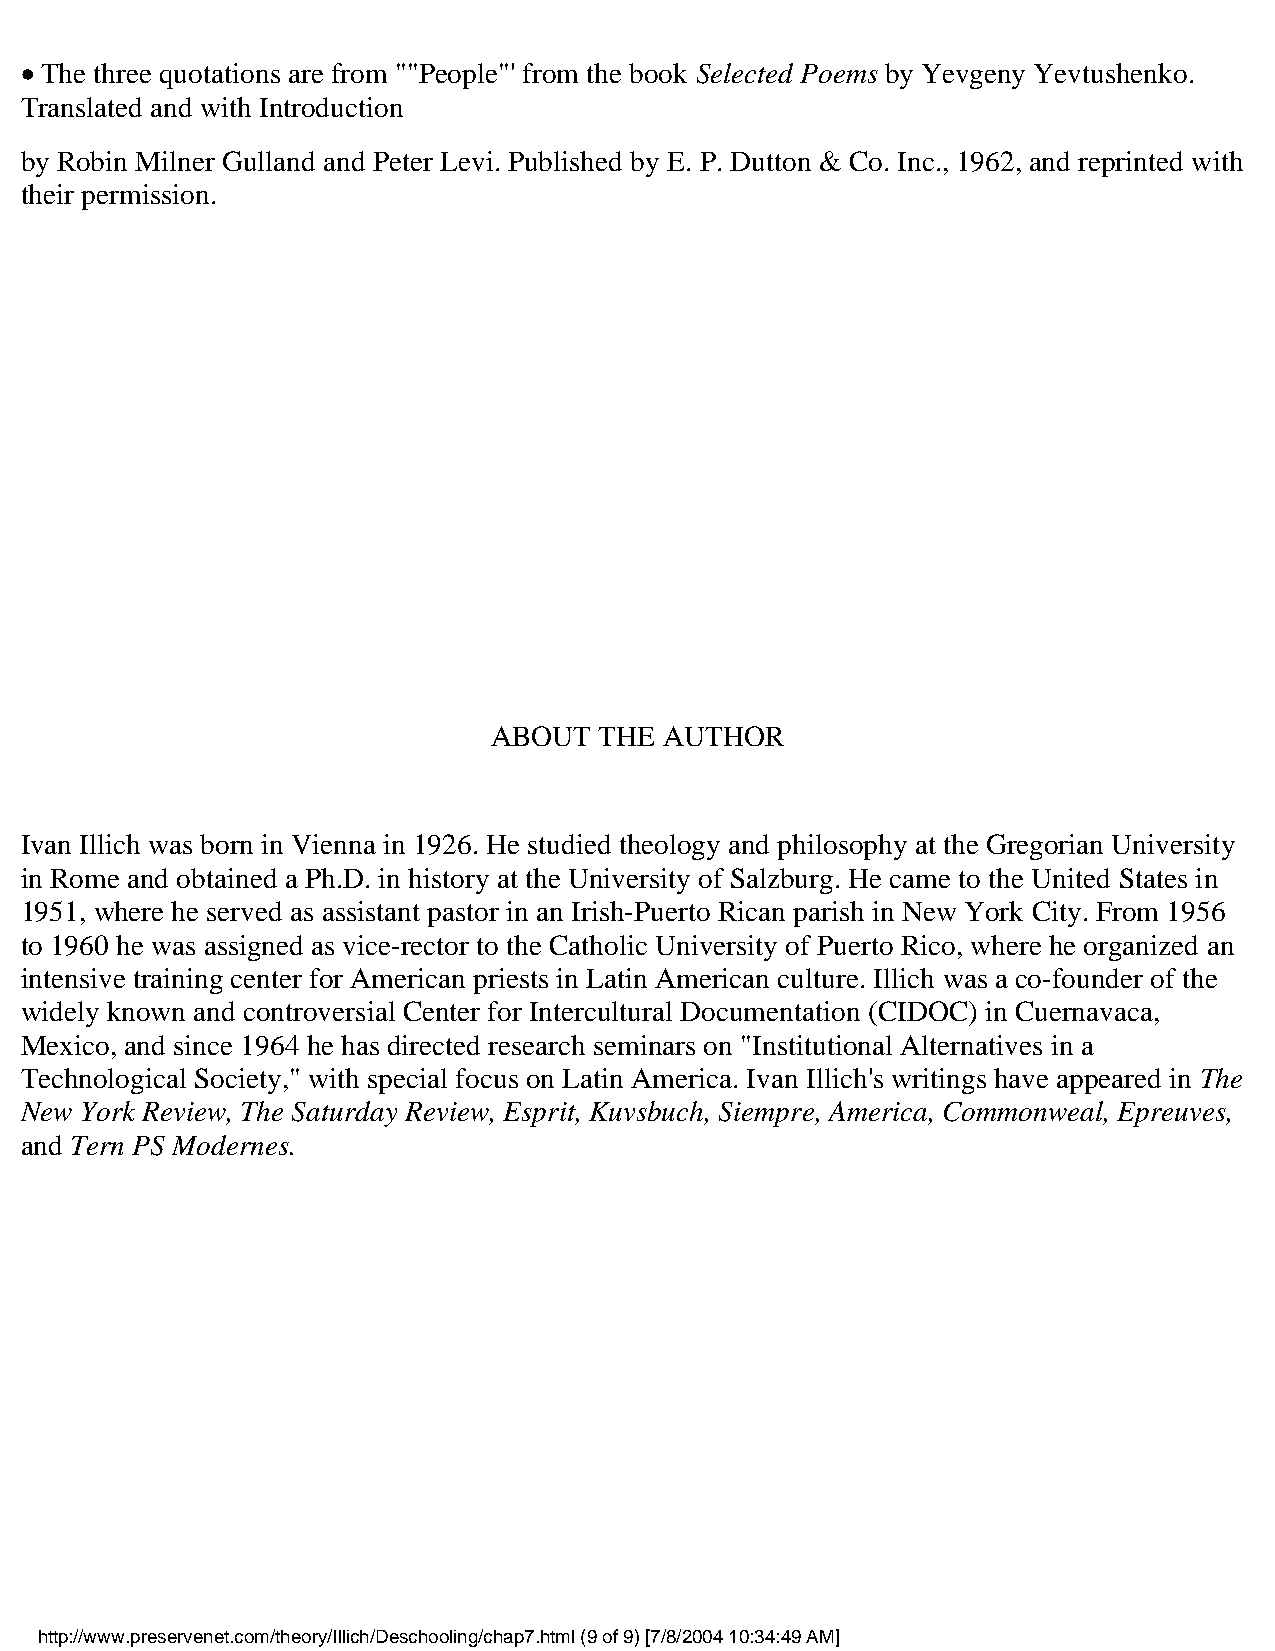
•
 The three quotations are from ""People"' from the book Selected Poems by Yevgeny Yevtushenko.
 Translated and with Introduction
 by Robin Milner Gulland and Peter Levi. Published by E. P. Dutton & Co. Inc., 1962, and reprinted with
 their permission.
 ABOUT   THE AUTHOR
 Ivan Illich was born in Vienna in 1926. He studied theology and philosophy at the Gregorian University
 in Rome and obtained a Ph.D. in history at the University of Salzburg. He came to the United States in
 1951, where he served as assistant pastor in an Irish-Puerto Rican parish in New York City. From 1956
 to 1960 he was assigned as vice-rector to the Catholic University of Puerto Rico, where he organized an
 intensive training center for American priests in Latin American culture. Illich was a co-founder of the
 widely known and controversial Center for Intercultural Documentation (CIDOC) in Cuernavaca,
 Mexico, and since 1964 he has directed research seminars on "Institutional Alternatives in a
 Technological Society," with special focus on Latin America. Ivan Illich's writings have appeared in The
 New York Review, The Saturday Review, Esprit, Kuvsbuch, Siempre, America, Commonweal, Epreuves,
 and Tern PS Modernes.
 http://www.preservenet.com/theory/Illich/Deschooling/chap7.html (9 of 9) [7/8/2004 10:34:49 AM]